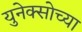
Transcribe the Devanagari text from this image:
युनेक्सोच्या